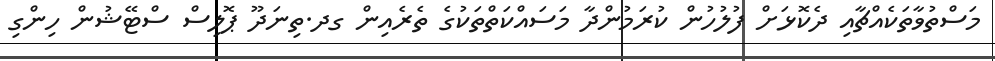
މަސްތުވާތަކެއްޗާއި ދެކޮޅަށް ފުލުހުން ކުރަމުންދާ މަސައްކަތްތަކުގެ ތެރެއިން ގދ.ތިނަދޫ ޕޮލިސް ސްޓޭޝުން ހިންގި